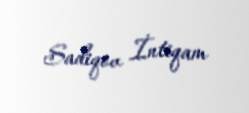
Sadiqov İntiqam